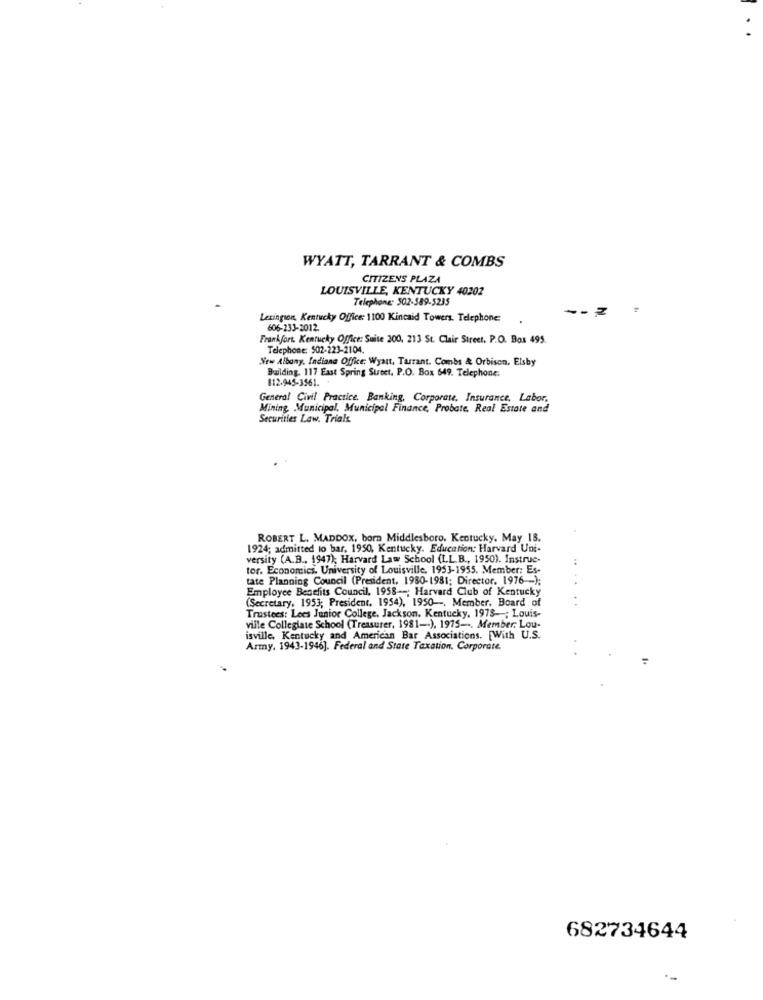
WYATT, TARRANT & COMBS
CITIZENS PLAZA
LOUISVILLE, KENTUCKY 40202
Telephone: 502-389-5235
Lexington, Kentucky Office: 1100 Kincaid Towers. Telephone:
606-233-2012
Frankfort. Kentucky Office: Suite 200, 213 St. Clair Street, P.O. Box 495.
Telephone: 502-223-2104.
New Albany, Indiana Office: Wyatt, Tarrant. Combs & Orbison, Elsby
Building. 117 East Spring Street. P.O. Box 649. Telephone:
812-945-3561 ..
General Civil Practice. Banking, Corporate, Insurance, Labor.
Mining Municipal, Municipal Finance, Probate. Real Estate and
Securities Law. Trials
ROBERT L. MADDOX, born Middlesboro, Kentucky, May 18.
1924; admitted to bar. 1950, Kentucky. Education: Harvard Uni-
versity (A.B ., 1947); Harvard Law School (LL.B ., 1950). Instruc-
:
tor. Economics, University of Louisville. 1953-1955. Member: Es-
tate Planning Council (President, 1980-1981; Director. 1976 -- );
Employee Benefits Council, 1958 --; Harvard Club of Kentucky
(Secretary, 1953; President. 1954), 1950 -. Member. Board of
. .
Trustees: Lees Junior College. Jackson, Kentucky, 1978 -; Louis-
ville Collegiate School (Treasurer, 1981-), 1975 -. Member: Lou-
isville, Kentucky and American Bar Associations. [With U.S.
Army. 1943-1946]. Federal and State Taxation, Corporate
682734644